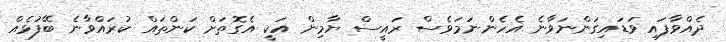
ދެއްވާފައި ވަޑައިގަންނަވާނެ އެހެންނަމަވެސް ރައީސް ޔާމިން އަކީ އެގޮތަށް ކަންތައް ކުރައްވާނެ ބޭފުޅެއް